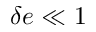
\delta e \ll 1